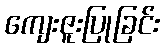
ကျေးဇူးပြုခြင်း